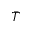
\bar { T }